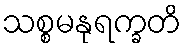
သစ္စမနုရက္ခတိ